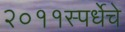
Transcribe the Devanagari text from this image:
२०११स्पर्धेचे